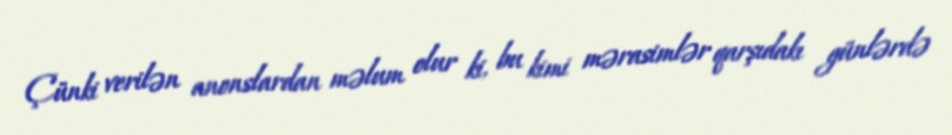
Çünki verilən anonslardan məlum olur ki, bu kimi mərasimlər qarşıdakı günlərdə